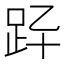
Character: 𧿎